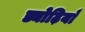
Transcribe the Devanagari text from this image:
ड्योढ़ियाँ